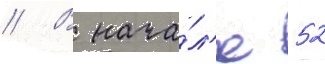
// В нача́л'е 52